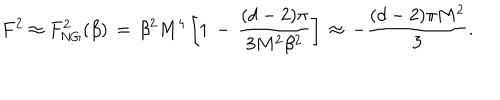
LaTeX: F ^ { 2 } \approx F _ { \mathrm { N G } } ^ { 2 } ( \beta ) \, = \, \beta ^ { 2 } M ^ { 4 } \left[ 1 \, - \, \frac { ( d - 2 ) \pi } { 3 M ^ { 2 } \beta ^ { 2 } } \right] \, \approx \, - \frac { ( d - 2 ) \pi M ^ { 2 } } { 3 } .